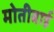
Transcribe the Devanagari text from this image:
मोतीबाई